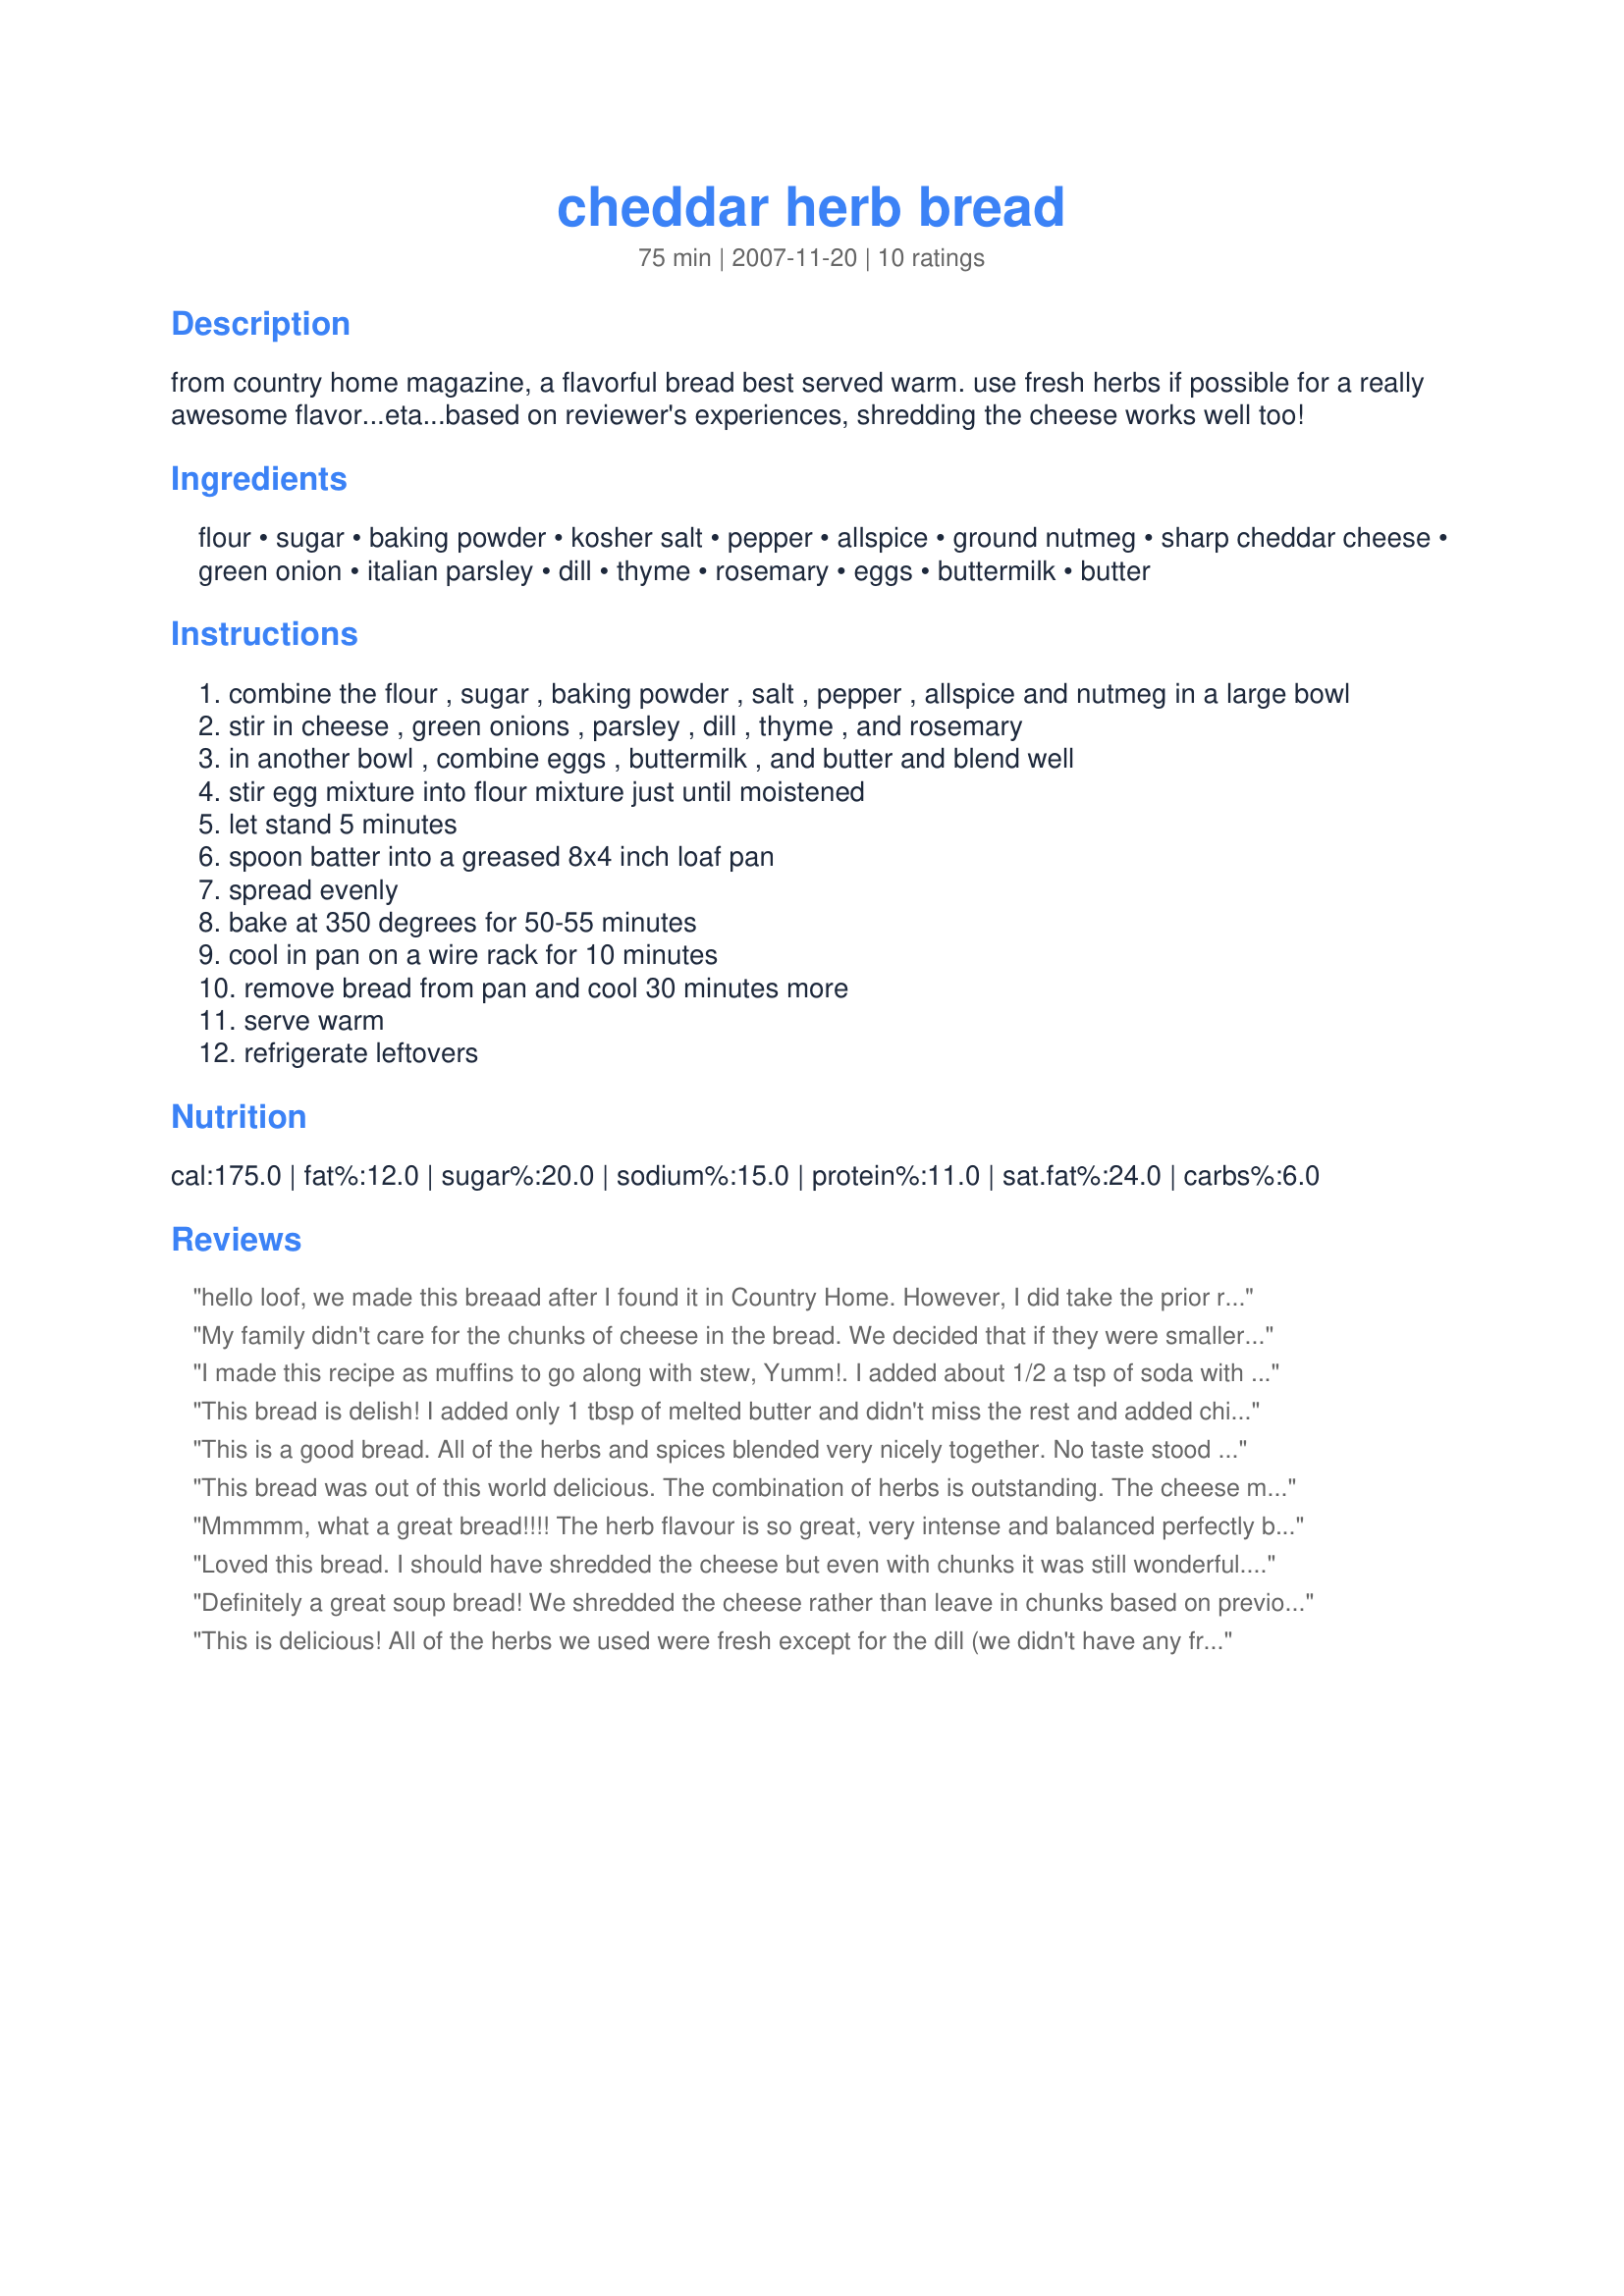
cheddar herb bread
Preparation time: 75 minutes

from country home magazine, a flavorful bread best served warm. use fresh herbs if possible for a really awesome flavor...eta...based on reviewer's experiences, shredding the cheese works well too!

Ingredients:
flour, sugar, baking powder, kosher salt, pepper, allspice, ground nutmeg, sharp cheddar cheese, green onion, italian parsley, dill, thyme, rosemary, eggs, buttermilk, butter

Steps:
combine the flour , sugar , baking powder , salt , pepper , allspice and nutmeg in a large bowl
stir in cheese , green onions , parsley , dill , thyme , and rosemary
in another bowl , combine eggs , buttermilk , and butter and blend well
stir egg mixture into flour mixture just until moistened
let stand 5 minutes
spoon batter into a greased 8x4 inch loaf pan
spread evenly
bake at 350 degrees for 50-55 minutes
cool in pan on a wire rack for 10 minutes
remove bread from pan and cool 30 minutes more
serve warm
refrigerate leftovers

Reviews:
hello loof, we made this breaad after I found it in Country Home. However, I did take the prior reviewer's comments about shredding the cheese - we used a very sharp cheddar, fresh herbs & it was delicous. Took it to a friends' house and there it was finished in no time flat! It was a great tasting bread! Diane :)
My family didn't care for the chunks of cheese in the bread. We decided that if they were smaller pieces, or if they had melted a little, we would have liked it much more. I'll definately be making this again but will probably use shredded cheese instead of cubed. Other than the cheese issue, we loved it! The flavor is great and the house smelled great while it was baking!
I made this recipe as muffins to go along with stew, Yumm!. I added about 1/2 a tsp of soda with the baking powder simply because I always add soda when using buttermilk, for me it was the right step, the muffins came up with a beautiful light fluffy texture. Dill is less that my favorite herb so I added basil and a bit of garlic powder instead. Used finely shredded old cheddar. They baked for about 16-18 mins and came out perfect. :D
This bread is delish! I added only 1 tbsp of melted butter and didn't miss the rest and added chives instead of green onion.
This is a good bread. All of the herbs and spices blended very nicely together. No taste stood out more than the rest.I followed the recipe but all my herbs and spices were dried. Made for Newest Tag 2007
This bread was out of this world delicious. The combination of herbs is outstanding. The cheese makes them over the top tasty! They went so well with "Recipe#484132" #484132. Made for ZWT 8/France for the Diners, Winers and Chives team.
Mmmmm, what a great bread!!!! The herb flavour is so great, very intense and balanced perfectly by the addition of the cheese! I opted for the cubes and thought they made the bread especially nice as they melted into little cheese islands inside of the bread.
I used all whole spelt flour due to dietary reasons and left out the sugar. But other than that stuck to your recipe and liked it very, very much. Half of the bread I topped with Katzen's Recipe #384750 and thought that was a fantastic addition.
THANK YOU SO MUCH for sharing this great recipe with us, loof! Ill certainly make it again!
Made and reviewed for Zaar Stars May 2010.
Loved this bread. I should have shredded the cheese but even with chunks it was still wonderful. My husband had FOUR pieces for dinner! A wonderful savory bread that went well with the soup I made tonight!
Definitely a great soup bread! We shredded the cheese rather than leave in chunks based on previous reviews. Also, next time we would omit the allspice and nutmeg altogether, and go lighter on the dill. There are wonderful spices in this bread, but the dessert spices did not seem to go well in it. If we have any leftovers, I think this bread will make wonderful breadcrumbs for a poultry stuffing. Thanks for posting.
This is delicious! All of the herbs we used were fresh except for the dill (we didn't have any fresh dill). We shredded the cheese rather than cubing it and I substituted 1/2 c. whole wheat flour for 1/2 cup of the white flour. I also used 2 T butter and 2 T unsweetened applesauce instead of 1/4 c butter to reduce the number of calories. We used fat-free buttermilk and we also used Splenda instead of sugar. These changes reduced the calorie count by about 53 calories per slice and it is still GREAT! This is a keeper.
